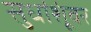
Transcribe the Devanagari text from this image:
सुधांशूंवर